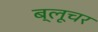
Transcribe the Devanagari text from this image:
ब्लूचर